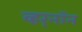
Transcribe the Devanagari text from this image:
व्हर्‌नॉन